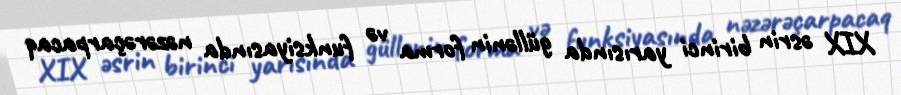
XIX əsrin birinci yarısında güllənin forma və funksiyasında nəzərəçarpacaq